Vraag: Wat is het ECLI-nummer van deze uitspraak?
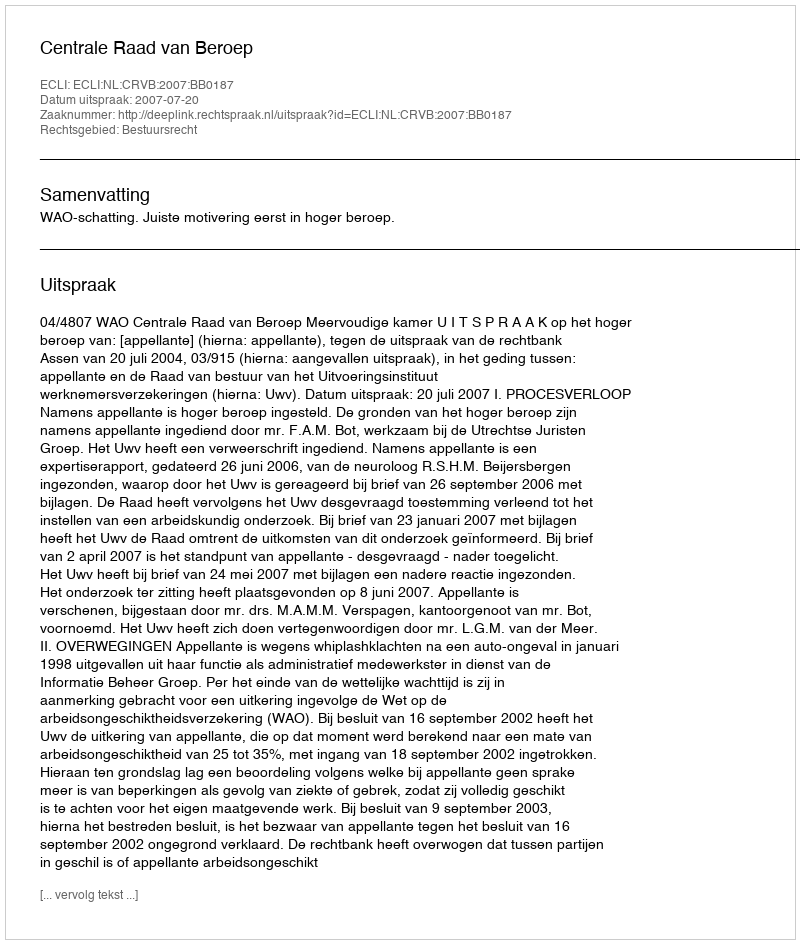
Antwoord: ECLI:NL:CRVB:2007:BB0187